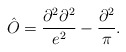
\begin{align*}\hat{O}=\frac{\partial^2\partial^2}{e^2}-\frac{\partial^2}{\pi}.\end{align*}